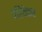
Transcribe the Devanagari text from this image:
परिंचेकर